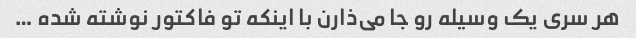
هر سری یک وسیله رو جا می‌ذارن با اینکه تو فاکتور نوشته شده …